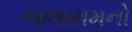
જલારામનો